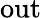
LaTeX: \mathrm{out}